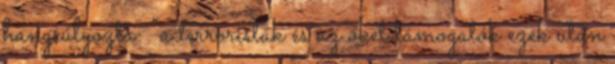
hangsúlyozta: “a terroristák és az őket támogatók ezek után